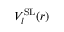
V _ { l } ^ { \mathrm { S L } } ( r )